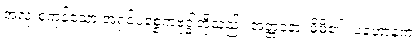
အလုံးစုံကုန်သော အရှင်ပစ္စေကဗုဒ္ဓါတို့သည်။ အတ္တနော၊ မိမိ၏။ ပဟောနကံ၊